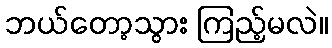
ဘယ်တော့သွား ကြည့်မလဲ။